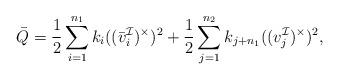
LaTeX: \begin{align*}\bar{Q} & = \frac{1}{2} \sum_{i=1}^{n_1} k_i ((\bar{v}_i^{\mathcal{I}})^\times )^2 + \frac{1}{2} \sum_{j=1}^{n_2} k_{j+n_1} ((v_j^{\mathcal{I}})^\times)^2,\end{align*}